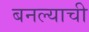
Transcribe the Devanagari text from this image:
बनल्याची